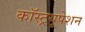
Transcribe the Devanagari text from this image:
कॉस्ट्रयूपेशन